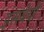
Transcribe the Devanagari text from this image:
इसयेयों